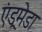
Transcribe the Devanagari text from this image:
एंड्रमेडा